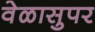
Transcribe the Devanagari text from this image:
वेळासुपर